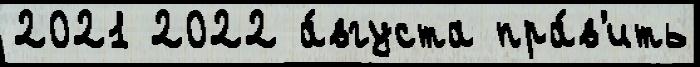
2021 2022 а́вгуста пра́в'ить